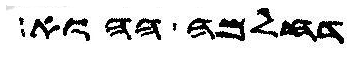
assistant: דחלמה ההוא